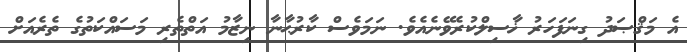
އެ މަޤްޞަދު ގިނަފަހަރު ޚާސިލްކުރެވޭނެއެވެ. ނަމަވެސް ކާރުޙާނާ ނިޒާމު އަތްތެރި މަސައްކަތުގެ ތެރެއަށް